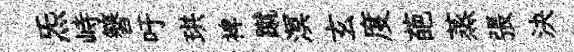
炁峙簮吁珙裨蹴溟玄度葩蒸張決